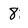
Character: 8